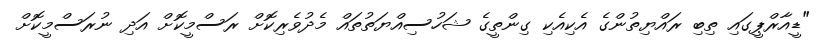
"ޑީއާރްޕީގައި ތިބި ރައްޔިތުންގެ އެކިއެކި ގިންތީގެ ޝަހުސިއްޔަތުތައް މެދުވެރިކޮށް ރަސްމީކޮށް އަދި ނުރަސްމީކޮށް